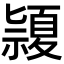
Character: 𥜂